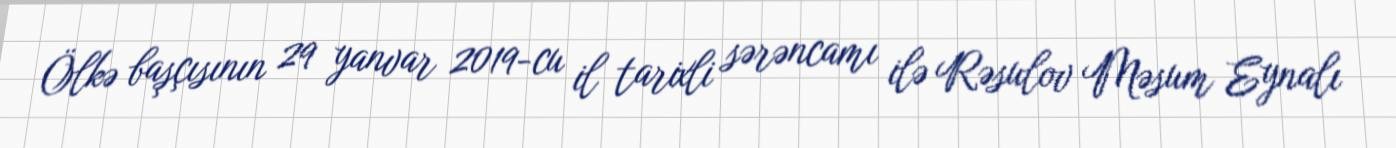
Ölkə başçısının 29 yanvar 2019-cu il tarixli sərəncamı ilə Rəsulov Məsum Eynalı